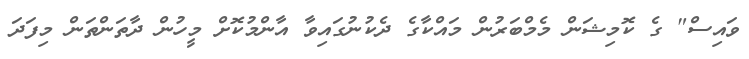
ވައިސް" ގެ ކޮމިޝަން މެމްބަރުން މައްކާގެ ދެކުނުގައިވާ އާންމުކޮށް މީހުން ދާތަންތަން މިފަދަ